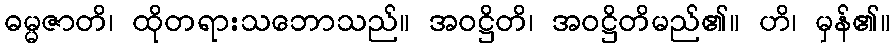
ဓမ္မဇာတိ၊ ထိုတရားသဘောသည်။ အဝဋ္ဌိတိ၊ အဝဋ္ဌိတိမည်၏။ ဟိ၊ မှန်၏။